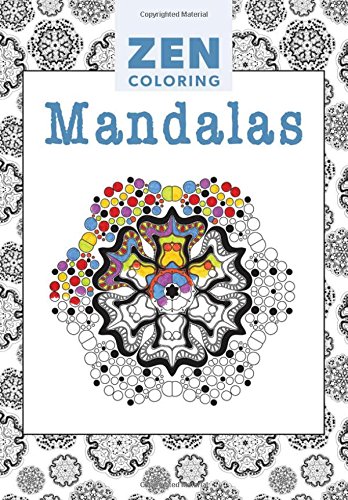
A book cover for Zen Coloring - Mandalas; Editors of GMC; Crafts, Hobbies & Home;